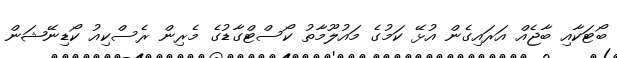
ބޯޓަކާއި ބާޖެއް އަރައިގެން އުޅޭ ކަމުގެ މައުލޫމާތު ކޯސްޓްގާޑުގެ މެރިން ރެސްކިއު ކޯޑިނޭޝަން